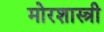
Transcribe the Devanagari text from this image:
मोरशास्त्री